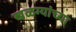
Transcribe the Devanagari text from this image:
खळग्यांच्या